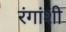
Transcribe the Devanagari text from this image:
रंगांशी